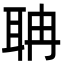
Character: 聃